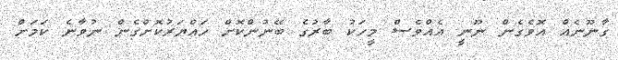
ގާނޫނެއް އޮވެގެން ނޫނީ އެއްވެސް މީހަކު ބާރުގެ ބޭނުންކޮށް ހައްޔަރުކޮށްގެން ނުވާނެ ކަމަށް